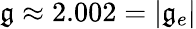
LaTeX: \mathfrak{g}\approx2.002=|\mathfrak{g}_{e}|